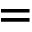
=